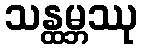
သန္ထမ္ဘဿု